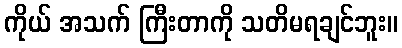
ကိုယ် အသက် ကြီးတာကို သတိမရချင်ဘူး။